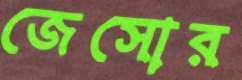
জেসোর